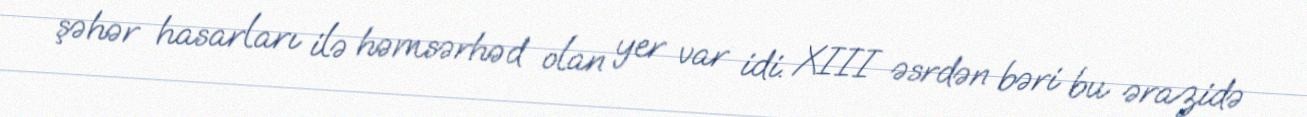
şəhər hasarları ilə həmsərhəd olan yer var idi. XIII əsrdən bəri bu ərazidə